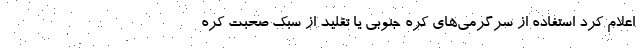
اعلام کرد استفاده از سرگرمی‌های کره جنوبی یا تقلید از سبک صحبت کره